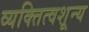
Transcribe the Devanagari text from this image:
व्यक्तित्वशून्य